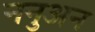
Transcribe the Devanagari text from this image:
ननुअन